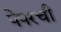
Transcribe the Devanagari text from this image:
पेपरची